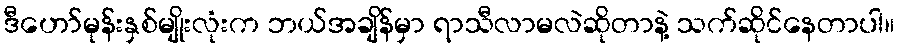
ဒီဟော်မုန်းနှစ်မျိုးလုံးက ဘယ်အချိန်မှာ ရာသီလာမလဲဆိုတာနဲ့ သက်ဆိုင်နေတာပါ။